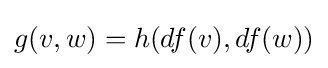
g(v,w)=h(df(v),df(w))